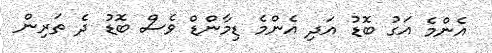
އެންމެ އަގު ބޮޑު އަދި އެންމެ ޑިމާންޑް ވެސް ބޮޑު ދެ ތަރިން